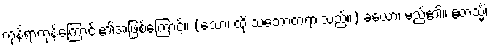
ကုန်ရာကုန်ကြောင်း၏အဖြစ်ကြောင့်။ (သော၊ ထို သဘောတရားသည်။) ခယော၊ မည်၏။ ဧတသ္မိံ၊